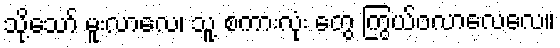
သို့သော် မူးလာလေ၊ သူ့ စကားလုံး တွေ ကြွယ်ဝလာလေလေ။